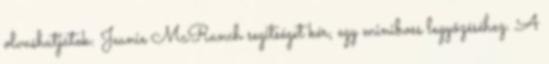
olvashatjátok: Jeanie McRanch segítséget kér, egy miniboss legyőzéséhez. A